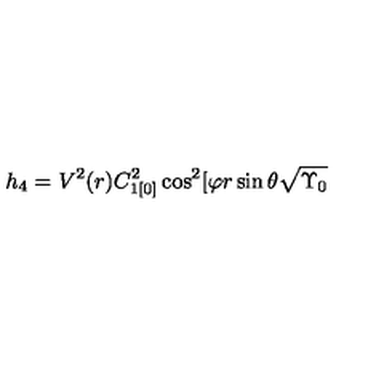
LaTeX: h _ { 4 } = V ^ { 2 } ( r ) C _ { 1 [ 0 ] } ^ { 2 } \cos ^ { 2 } [ \varphi r \sin \theta \sqrt { \Upsilon _ { 0 } }